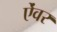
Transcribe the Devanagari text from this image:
ऐंवर